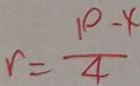
r = \frac { 1 0 - x } { 4 }